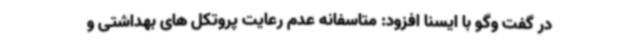
در گفت وگو با ایسنا افزود: متاسفانه عدم رعایت پروتکل های بهداشتی و